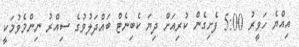
އިއްޔެ ހަވީރު 5:00 ފެށިގެން ކުރިއަށް ދިޔަ ކެބިނެޓް ބައްދަލުވުގެ ސިއްރު ނިންމެވުމަކީ